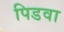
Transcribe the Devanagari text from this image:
पिडवा